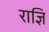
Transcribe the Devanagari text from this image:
राज्ञि